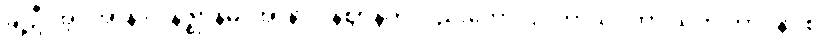
ချဲ့ဦးအံ့။ အာနာပါနဇ္ဈာနမ္ပိ၊ အာနာပါနဈာန်ကိုလည်းကောင်း။ ကာယဂတာ သတိ ဘာဝနာ စ၊